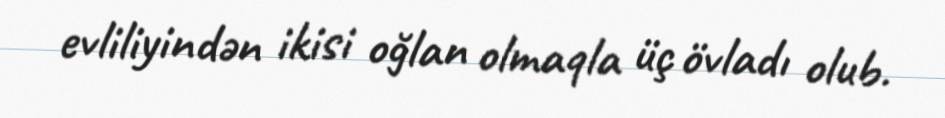
evliliyindən ikisi oğlan olmaqla üç övladı olub.